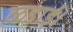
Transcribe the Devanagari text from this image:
ळडाई।